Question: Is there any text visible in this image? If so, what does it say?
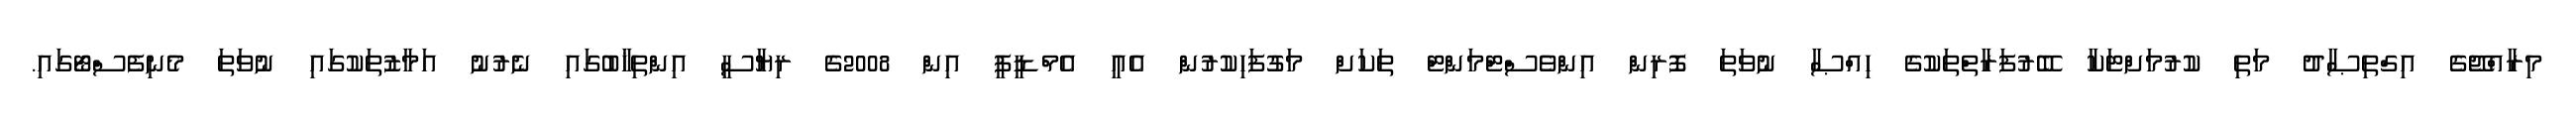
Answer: މިރާއްޖޭގެ އިގްތިޞާދު މަތި ކުރުމަށްޓަކާ ބޭރުފަރާތްތަކުގެ ހިއްޞާ ނުވަތަ ފޮރިން އިންވެސްޓްމަންޓް ތަކަށް މަގުފަހިކުރުން އެއީ އެމްޑީޕީ އިން 2008ގެ ރިޔާސީ އިންތިޚާބުގައި ނެރުނު އަމާޒުތަކުގައި ނުވަތަ މެނިފެސްޓޯގައި.